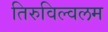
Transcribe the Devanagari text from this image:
तिरुविल्वलम